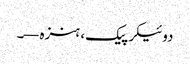
دوئیکر پیک، ہنزہ—۔